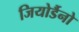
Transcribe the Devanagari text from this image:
जियोर्डैनो